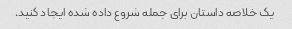
یک خلاصه داستان برای جمله شروع داده شده ایجاد کنید.